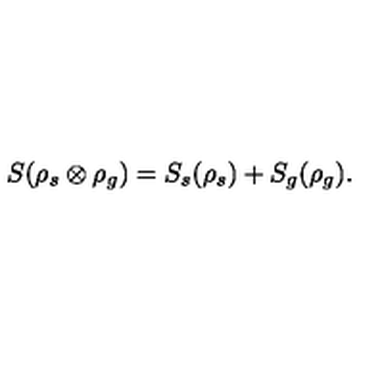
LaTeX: S ( \rho _ { s } \otimes \rho _ { g } ) = S _ { s } ( \rho _ { s } ) + S _ { g } ( \rho _ { g } ) .